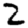
Digit: 2